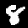
Digit: 8